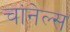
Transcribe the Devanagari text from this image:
चांनेल्स